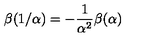
\beta ( 1 / \alpha ) = - \frac { 1 } { \alpha ^ { 2 } } \beta ( \alpha )